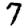
Digit: 7